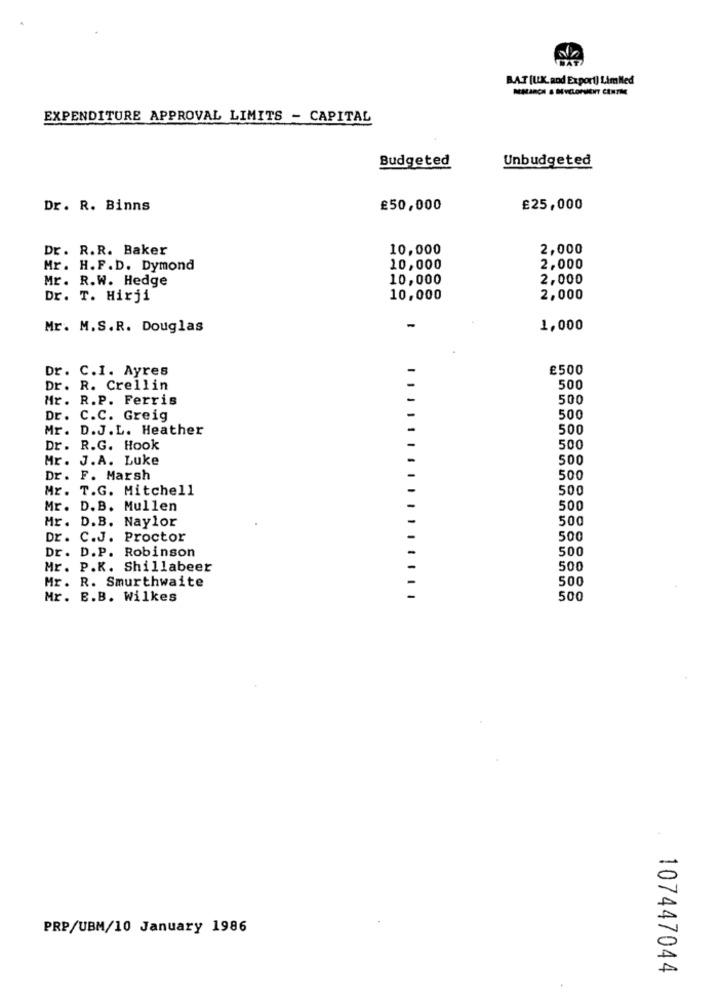
BAT [UK. and Export) LimMed
EXPENDITURE APPROVAL LIMITS - CAPITAL
Budgeted
Unbudgeted
Dr. R. Binns
£50,000
£25,000
Dr. R.R. Baker
10,000
2,000
Mr. H.F.D. Dymond
10,000
2,000
Mr. R.W. Hedge
10,000
2,000
Dr. T. Hirji
10,000
2,000
Mr. M.S.R. Douglas
-
1,000
Dr. C.I. Ayres
£500
Dr. R. Crellin
500
Mr. R.P. Ferris
500
Dr. C.C. Greig
500
Mr. D.J.L. Heather
500
Dr. R.G. Hook
500
Mr. J.A. Luke
500
Dr. F. Marsh
500
Mr. T.G. Mitchell
500
Mr. D. B. Mullen
500
Mr. D.B. Naylor
500
Dr. C.J. Proctor
500
Dr. D.P. Robinson
500
Mr. P.K. Shillabeer
500
Mr. R. Smurthwaite
500
Mr. B.B. Wilkes
............ . . . .
500
PRP/UBM/10 January 1986
107447044